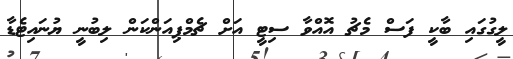
ލީގުގައި ބާކީ ފަސް މެޗު އޮއްވާ ސިޓީ އަށް ޗެމްޕިއަންކަން ލިބުނީ ޔުނައިޓެޑާ